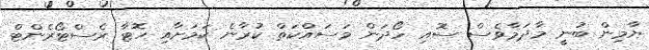
ޔާމިން ބުނީ މާދަމާވެސް ސޮއި ހޯދަން މަސައްކަތް ކުރާނެ ކަމަށާއި ހޮޓާ ރެސްޓޯރެންޓް